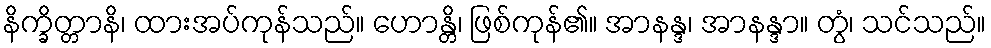
နိက္ခိတ္တာနိ၊ ထားအပ်ကုန်သည်။ ဟောန္တိ၊ ဖြစ်ကုန်၏။ အာနန္ဒ၊ အာနန္ဒာ။ တွံ၊ သင်သည်။